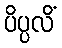
ပိပ္ပလိံ